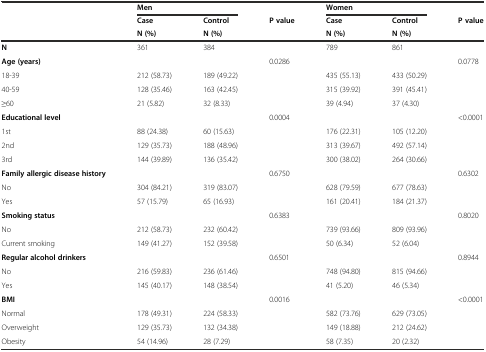
<table><thead><tr><td></td><td colspan="2"><b>Men</b></td><td></td><td colspan="2"><b>Women</b></td><td></td></tr><tr><td></td><td><b>Case</b></td><td><b>Control</b></td><td><b>P value</b></td><td><b>Case</b></td><td><b>Control</b></td><td><b>P value</b></td></tr><tr><td></td><td><b>N (%)</b></td><td><b>N (%)</b></td><td></td><td><b>N (%)</b></td><td><b>N (%)</b></td><td></td></tr></thead><tbody><tr><td><b>N</b></td><td>361</td><td>384</td><td></td><td>789</td><td>861</td><td></td></tr><tr><td><b>Age (years)</b></td><td></td><td></td><td>0.0286</td><td></td><td></td><td>0.0778</td></tr><tr><td>18-39</td><td>212 (58.73)</td><td>189 (49.22)</td><td></td><td>435 (55.13)</td><td>433 (50.29)</td><td></td></tr><tr><td>40-59</td><td>128 (35.46)</td><td>163 (42.45)</td><td></td><td>315 (39.92)</td><td>391 (45.41)</td><td></td></tr><tr><td>≥60</td><td>21 (5.82)</td><td>32 (8.33)</td><td></td><td>39 (4.94)</td><td>37 (4.30)</td><td></td></tr><tr><td><b>Educational level</b></td><td></td><td></td><td>0.0004</td><td></td><td></td><td>&lt;0.0001</td></tr><tr><td>1st</td><td>88 (24.38)</td><td>60 (15.63)</td><td></td><td>176 (22.31)</td><td>105 (12.20)</td><td></td></tr><tr><td>2nd</td><td>129 (35.73)</td><td>188 (48.96)</td><td></td><td>313 (39.67)</td><td>492 (57.14)</td><td></td></tr><tr><td>3rd</td><td>144 (39.89)</td><td>136 (35.42)</td><td></td><td>300 (38.02)</td><td>264 (30.66)</td><td></td></tr><tr><td><b>Family allergic disease history</b></td><td></td><td></td><td>0.6750</td><td></td><td></td><td>0.6302</td></tr><tr><td>No</td><td>304 (84.21)</td><td>319 (83.07)</td><td></td><td>628 (79.59)</td><td>677 (78.63)</td><td></td></tr><tr><td>Yes</td><td>57 (15.79)</td><td>65 (16.93)</td><td></td><td>161 (20.41)</td><td>184 (21.37)</td><td></td></tr><tr><td><b>Smoking status</b></td><td></td><td></td><td>0.6383</td><td></td><td></td><td>0.8020</td></tr><tr><td>No</td><td>212 (58.73)</td><td>232 (60.42)</td><td></td><td>739 (93.66)</td><td>809 (93.96)</td><td></td></tr><tr><td>Current smoking</td><td>149 (41.27)</td><td>152 (39.58)</td><td></td><td>50 (6.34)</td><td>52 (6.04)</td><td></td></tr><tr><td><b>Regular alcohol drinkers</b></td><td></td><td></td><td>0.6501</td><td></td><td></td><td>0.8944</td></tr><tr><td>No</td><td>216 (59.83)</td><td>236 (61.46)</td><td></td><td>748 (94.80)</td><td>815 (94.66)</td><td></td></tr><tr><td>Yes</td><td>145 (40.17)</td><td>148 (38.54)</td><td></td><td>41 (5.20)</td><td>46 (5.34)</td><td></td></tr><tr><td><b>BMI</b></td><td></td><td></td><td>0.0016</td><td></td><td></td><td>&lt;0.0001</td></tr><tr><td>Normal</td><td>178 (49.31)</td><td>224 (58.33)</td><td></td><td>582 (73.76)</td><td>629 (73.05)</td><td></td></tr><tr><td>Overweight</td><td>129 (35.73)</td><td>132 (34.38)</td><td></td><td>149 (18.88)</td><td>212 (24.62)</td><td></td></tr><tr><td>Obesity</td><td>54 (14.96)</td><td>28 (7.29)</td><td></td><td>58 (7.35)</td><td>20 (2.32)</td><td></td></tr></tbody></table>